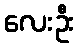
လေးဦး